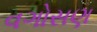
વગોસણ